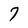
Character: 7